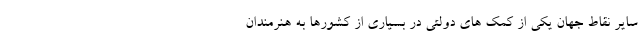
سایر نقاط جهان یکی از کمک های دولتی در بسیاری از کشورها به هنرمندان